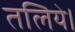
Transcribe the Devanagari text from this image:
तलिये।